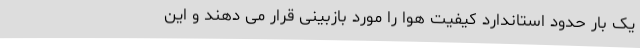
یک بار حدود استاندارد کیفیت هوا را مورد بازبینی قرار می دهند و این